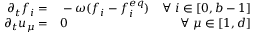
\begin{array} { r l r } { \partial _ { t } f _ { i } = } & { { } - \omega ( f _ { i } - f _ { i } ^ { e q } ) } & { \forall \; i \in [ 0 , b - 1 ] } \\ { \partial _ { t } u _ { \mu } = } & { { } 0 } & { \forall \; \mu \in [ 1 , d ] } \end{array}